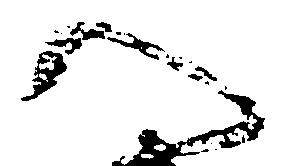
へ